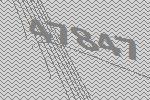
47847